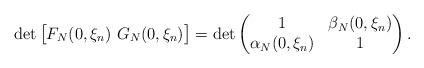
LaTeX: \begin{align*}\det \big[F_N(0,\xi_n)\,\,G_N(0,\xi_n)\big]= \det\begin{pmatrix}1& \beta_N(0,\xi_n) \\\alpha_N(0,\xi_n) &1\end{pmatrix}.\end{align*}